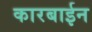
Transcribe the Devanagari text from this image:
कारबाईन